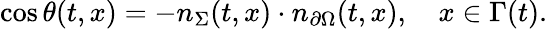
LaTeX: \cos\theta(t,x)=-n_{\Sigma}(t,x)\cdot n_{\partial\Omega}(t,x),\quad x\in\Gamma(t).